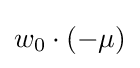
w_{0}\cdot (-\mu )